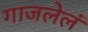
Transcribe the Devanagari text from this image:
गाजलेलं